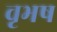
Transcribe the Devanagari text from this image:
वृभष